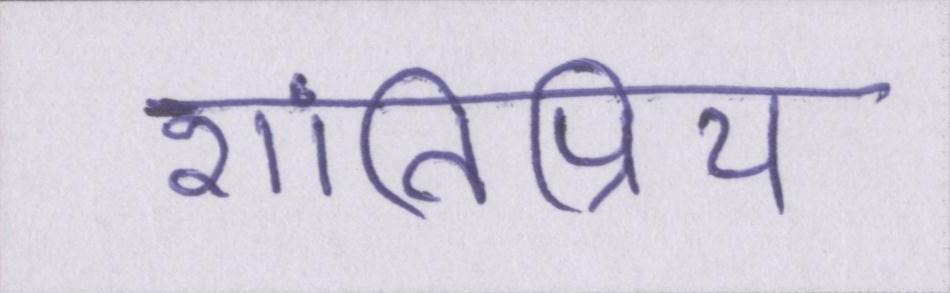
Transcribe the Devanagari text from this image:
शांतिप्रिय